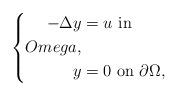
LaTeX: \begin{align*}\left\{ \begin{aligned} -\Delta y &= u \ \mbox{in}\\Omega, \\ y&=0 \ \mbox{on}\ \partial\Omega,\\\end{aligned} \right.\end{align*}